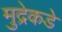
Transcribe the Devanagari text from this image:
मुद्रेकडे